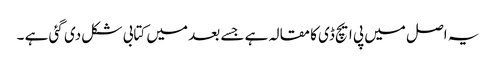
یہ اصل میں پی ایچ ڈی کا مقالہ ہے جسے بعد میں کتابی شکل دی گئی ہے ۔